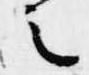
之